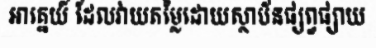
អាគ្នេយ៍ ដែលវាយតម្លៃដោយស្ថាប័នផ្សព្វផ្សាយ